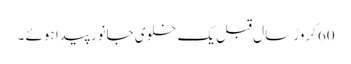
60کروڑ سال قبل یک خلوی جانور پیدا ہوئے ۔